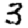
Digit: 3